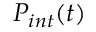
P _ { i n t } ( t )